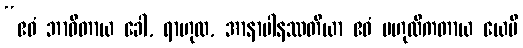
“ဧဝံ ဘာဝိတာယ ခေါ, ရာဟုလ, အာနာပါနဿတိယာ ဧဝံ ဗဟုလီကတာယ ယေပိ